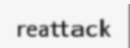
reattack